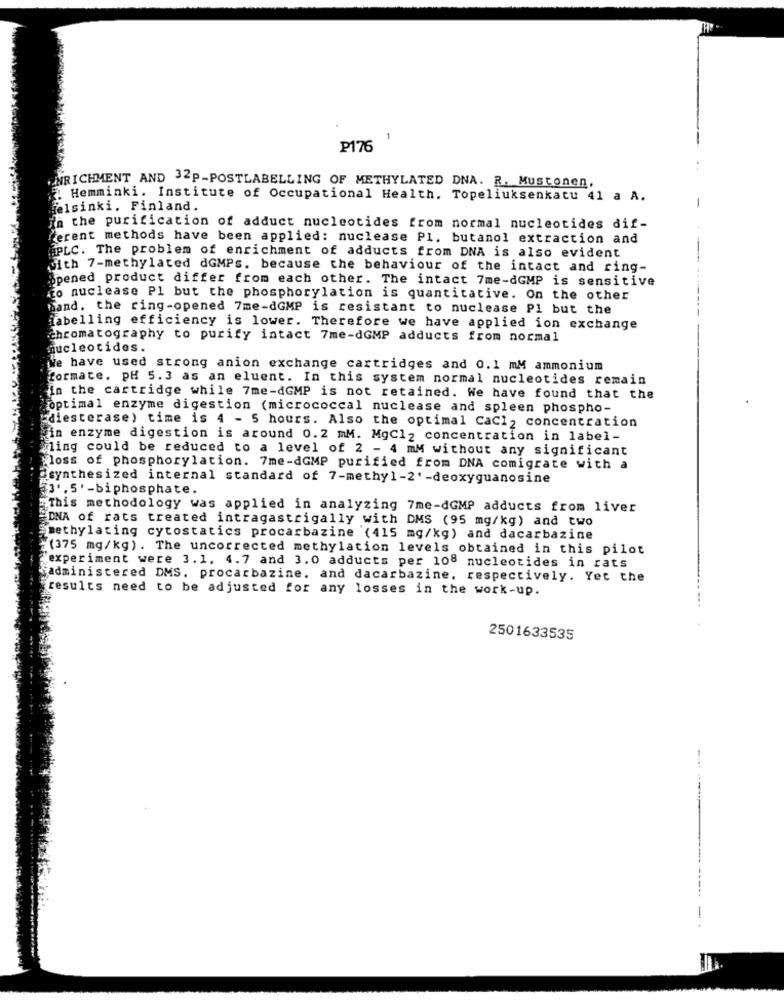
P176
ENRICHMENT AND 32P-POSTLABELLING OF METHYLATED DNA. R. Mustonen,
: Hemminki. Institute of Occupational Health. Topeliuksenkatu 41 a A.
elsinki. Finland.
in the purification of adduct nucleotides from normal nucleotides dif-
ferent methods have been applied: nuclease Pl. butanol extraction and
HPLC. The problem of enrichment of adducts from DNA is also evident
with 7-methylated dGMPs. because the behaviour of the intact and ring-
opened product differ from each other. The intact 7me-dGMP is sensitive
to nuclease Pl but the phosphorylation is quantitative. On the other
hand. the ring-opened 7me-dGMP is resistant to nuclease Pl but the
labelling efficiency is lower. Therefore we have applied ion exchange
chromatography to purify intact 7me-dGMP adducts from normal
nucleotides.
We have used strong anion exchange cartridges and 0.1 mM ammonium
formate. pH 5.3 as an eluent. In this system normal nucleotides remain
in the cartridge while 7me-dGMP is not retained. We have found that the
optimal enzyme digestion (micrococcal nuclease and spleen phospho-
"diesterase ) time is 4 - 5 hours. Also the optimal CaCl, concentration
win enzyme digestion is around 0.2 mM. MgCl2 concentration in label-
ming could be reduced to a level of 2 - 4 mM without any significant
loss of phosphorylation. 7me-dGMP purified from DNA comigrate with a
@synthesized internal standard of 7-methyl-2'-deoxyguanosine
₹3',5' -biphosphate.
This methodology was applied in analyzing 7me-dGMP adducts from liver
DNA of rats treated intragastrigally with DMS (95 mg/kg) and two
methylating cytostatics procarbazine (415 mg/kg) and dacarbazine
(375 mg/kg). The uncorrected methylation levels obtained in this pilot
experiment were 3.1. 4.7 and 3.0 adducts per 108 nucleotides in rats
administered DMS. procarbazine. and dacarbazine, respectively. Yet the
results need to be adjusted for any losses in the work-up.
2501633535